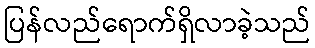
ပြန်လည်ရောက်ရှိလာခဲ့သည်